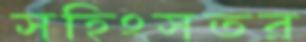
সহিংসতর